Vaccination in Bombay 1889-1901 - 1889-1901
Year: 1889
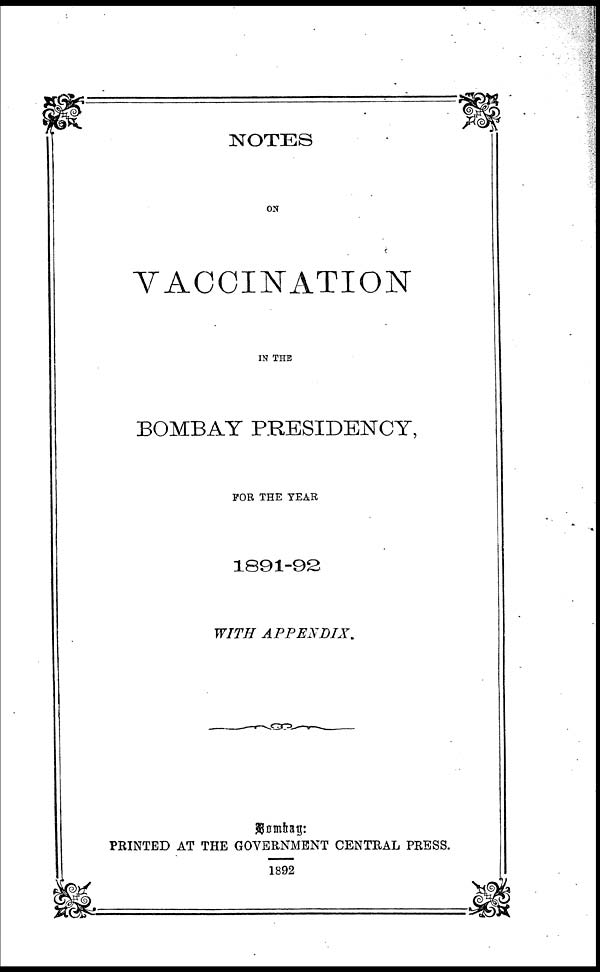
NOTES
ON
VACCINATION
IN THE
BOMBAY PRESIDENCY,
FOR THE TEAR
1891-92
WITH
APPENDIX.
Bombay:
PRINTED AT THE GOVERNMENT CENTRAL PRESS.
1892